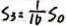
S _ { 3 } = \frac { 1 } { 1 6 } S _ { 0 }